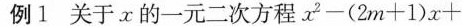
例1 关于x的一元二次方程$$x^{2} - ( 2 m + 1 ) x +